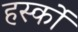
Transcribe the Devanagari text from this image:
हर्स्को